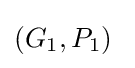
(G_{1},P_{1})\